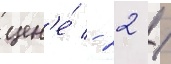
цен'е́ - 22 /